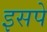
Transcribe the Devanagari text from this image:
इसपे